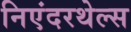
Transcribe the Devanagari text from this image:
निएंदरथेल्स